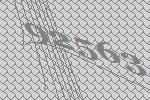
92563